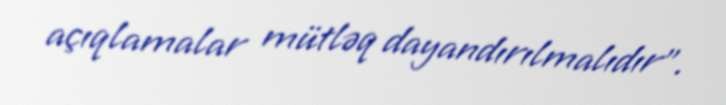
açıqlamalar mütləq dayandırılmalıdır”.